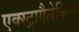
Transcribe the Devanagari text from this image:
एक्स्ट्रागैलेक्टिक